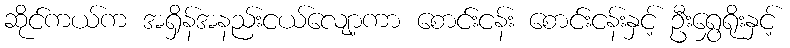
ဆိုင်ကယ်က အရှိန်အနည်းငယ်လျော့ကာ စောင်းငန်း စောင်းငန်းနှင့် ဦးရွှေရိုးနှင့်